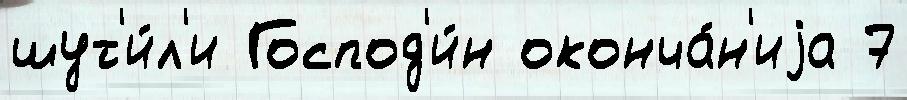
шут'и́л'и Господ'и́н оконча́н'иjа 7